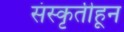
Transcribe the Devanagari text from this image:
संस्‍कृतीहून